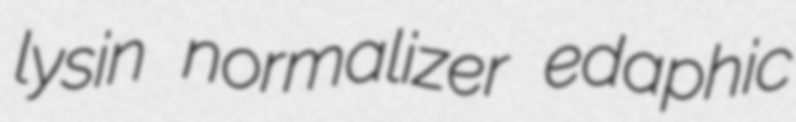
lysin normalizer edaphic